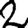
Digit: 2